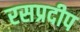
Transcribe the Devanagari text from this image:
रसप्रदीप